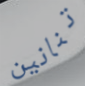
تنانين